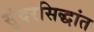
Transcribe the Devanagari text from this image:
सुंदरसिद्धांत